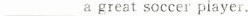
___ a great soccer player.